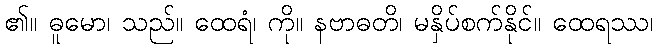
၏။ ဓူမော၊ သည်။ ထေရံ၊ ကို။ နဗာဓတိ၊ မနှိပ်စက်နိုင်။ ထေရဿ၊